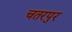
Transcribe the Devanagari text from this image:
चतरपुर